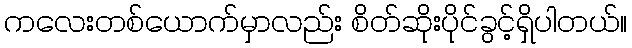
ကလေးတစ်ယောက်မှာလည်း စိတ်ဆိုးပိုင်ခွင့်ရှိပါတယ်။